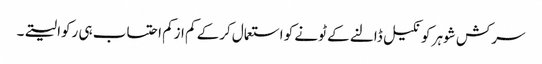
سرکش شوہر کو نکیل ڈالنے کے ٹونے کو استعمال کرکے کم ازکم احتساب ہی رکوا لیتے۔